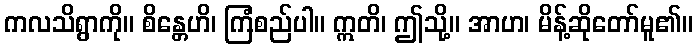
ကလသိရွာကို။ စိန္တေဟိ၊ ကြံစည်ပါ။ ဣတိ၊ ဤသို့။ အာဟ၊ မိန့်ဆိုတော်မူ၏။